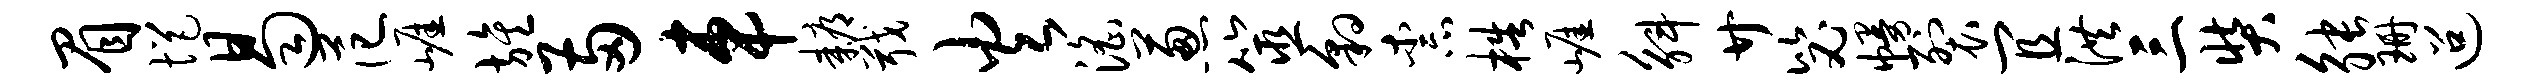
眉悒曷范崖旌两车耨戢火淫葱筮豹柰梏崖斛廿毖幔裂宜洪三奘觖珊迢